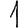
Digit: 1